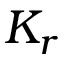
K _ { r }